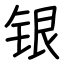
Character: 银